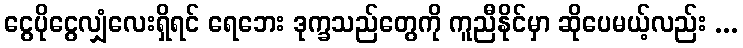
ငွေပိုငွေလျှံလေးရှိရင် ရေဘေး ဒုက္ခသည်တွေကို ကူညီနိုင်မှာ ဆိုပေမယ့်လည်း ...